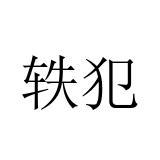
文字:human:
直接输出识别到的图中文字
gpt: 轶犯